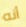
أنه